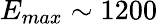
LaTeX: E_{max}\sim 1200